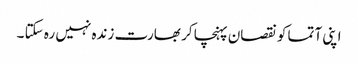
اپنی آتما کو نقصان پہنچا کر بھارت زندہ نہیں رہ سکتا ۔